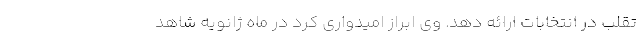
تقلب در انتخابات ارائه دهد. وی ابراز امیدواری کرد در ماه ژانویه شاهد